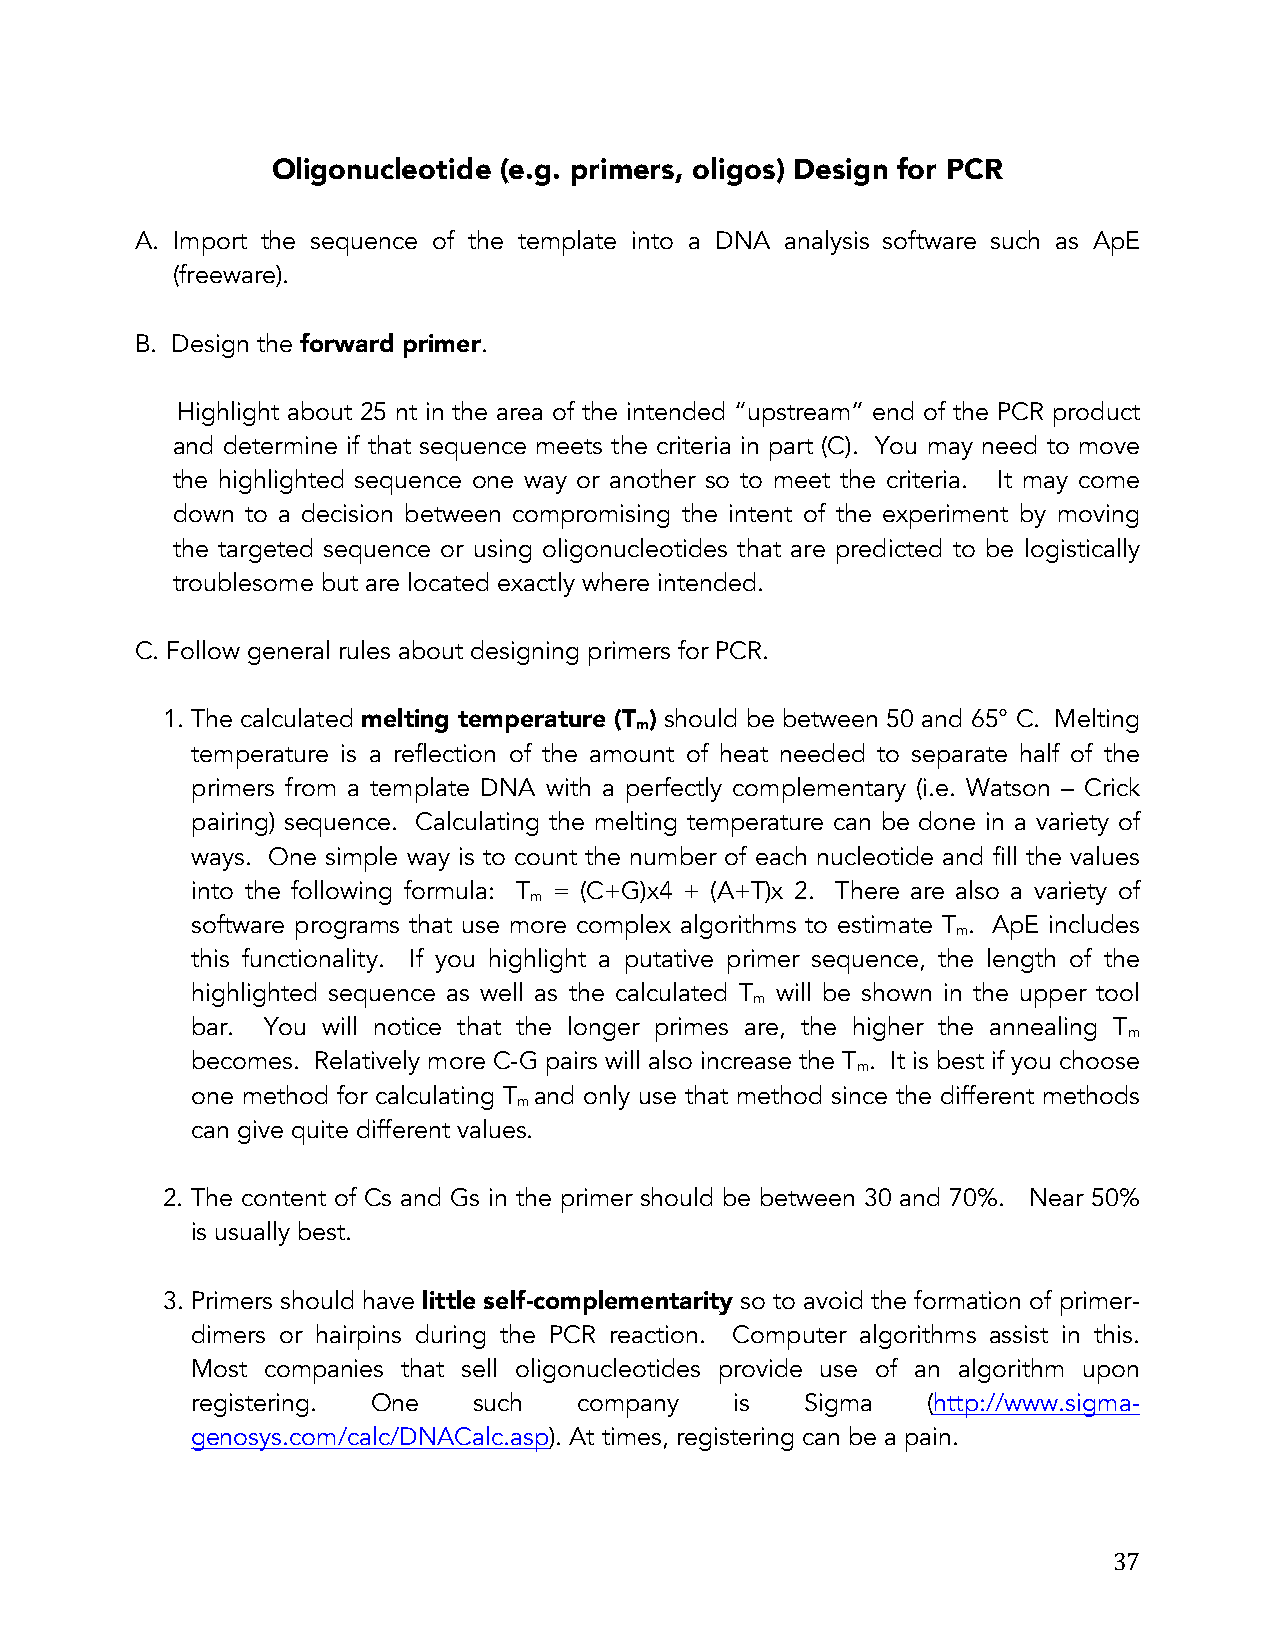
Oligonucleotide (e.g. primers, oligos) Design for PCR
 A. Import the sequence of the template into a DNA analysis software such as ApE
 (freeware).
 B. Design the forward primer.
 Highlight about 25 nt in the area of the intended “upstream” end of the PCR product
 and determine if that sequence meets the criteria in part (C). You may need to move
 the highlighted sequence one way or another so to meet the criteria. It may come
 down to a decision between compromising the intent of the experiment by moving
 the targeted sequence or using oligonucleotides that are predicted to be logistically
 troublesome but are located exactly where intended.
 C. Follow general rules about designing primers for PCR.
 1. The calculated melting temperature (T ) should be between 50 and 65° C. Melting
 m
 temperature is a reflection of the amount of heat needed to separate half of the
 primers from a template DNA with a perfectly complementary (i.e. Watson – Crick
 pairing) sequence. Calculating the melting temperature can be done in a variety of
 ways. One simple way is to count the number of each nucleotide and fill the values
 into the following formula: T = (C+G)x4 + (A+T)x 2. There are also a variety of
 m
 software programs that use more complex algorithms to estimate T . ApE includes
 m
 this functionality. If you highlight a putative primer sequence, the length of the
 highlighted sequence as well as the calculated T will be shown in the upper tool
 m
 bar. You will notice that the longer primes are, the higher the annealing T
 m
 becomes. Relatively more C-G pairs will also increase the T . It is best if you choose
 m
 one method for calculating T and only use that method since the different methods
 m
 can give quite different values.
 2. The content of Cs and Gs in the primer should be between 30 and 70%. Near 50%
 is usually best.
 3. Primers should have little self-complementarity so to avoid the formation of primer-
 dimers or hairpins during the PCR reaction. Computer algorithms assist in this.
 Most companies that sell oligonucleotides provide use of an algorithm upon
 registering. One  such   company    is  Sigma   (http://www.sigma-
 genosys.com/calc/DNACalc.asp). At times, registering can be a pain.
 37